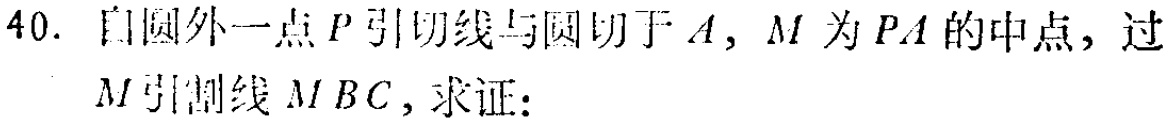
40. 自圆外一点\(P\)引切线与圆切于\(A\)，\(M\)为\(PA\)的中点，过\(M\)引割线\(MBC\)，求证：